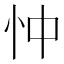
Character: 忡